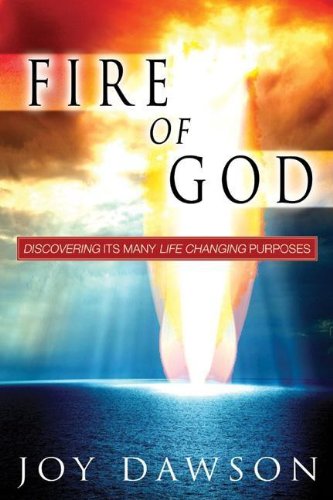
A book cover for Fire of God: Discovering Its Many Life Changing Purposes; Joy Dawson; Christian Books & Bibles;